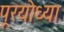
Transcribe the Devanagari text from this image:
पूरयोध्या